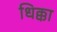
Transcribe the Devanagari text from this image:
धिक्का